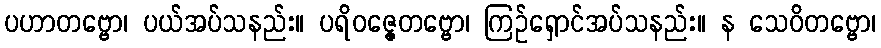
ပဟာတဗ္ဗော၊ ပယ်အပ်သနည်း။ ပရိဝဇ္ဇေတဗ္ဗော၊ ကြဉ်ရှောင်အပ်သနည်း။ န သေဝိတဗ္ဗော၊